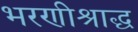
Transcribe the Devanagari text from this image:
भरणीश्राद्ध